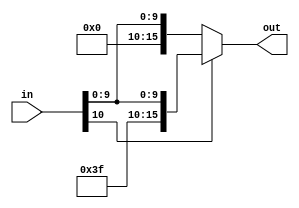
module sign_extend11_16(in, out);
input [10:0] in;
output [15:0] out;

assign out = in[10] ? {5'h1F,in} : {5'h00,in};

endmodule